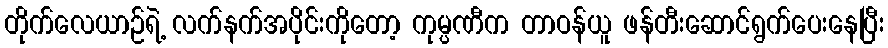
တိုက်လေယာဉ်ရဲ့ လက်နက်အပိုင်းကိုတော့ ကုမ္ပဏီက တာဝန်ယူ ဖန်တီးဆောင်ရွက်ပေးနေပြီး